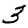
Digit: 3